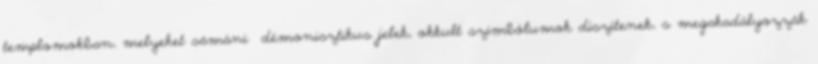
templomokban, melyeket sámáni démonisztikus jelek, ok­kult szimbólumok díszítenek, s megakadályozzák